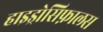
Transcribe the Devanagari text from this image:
हाइड्रोसिफ़ालस